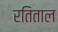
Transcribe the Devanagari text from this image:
रतिताल